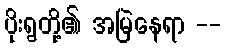
ပိုးရွတို့၏ အမြဲနေရာ --